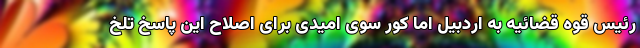
رئیس قوه قضائیه به اردبیل اما کور سوی امیدی برای اصلاح این پاسخ تلخ